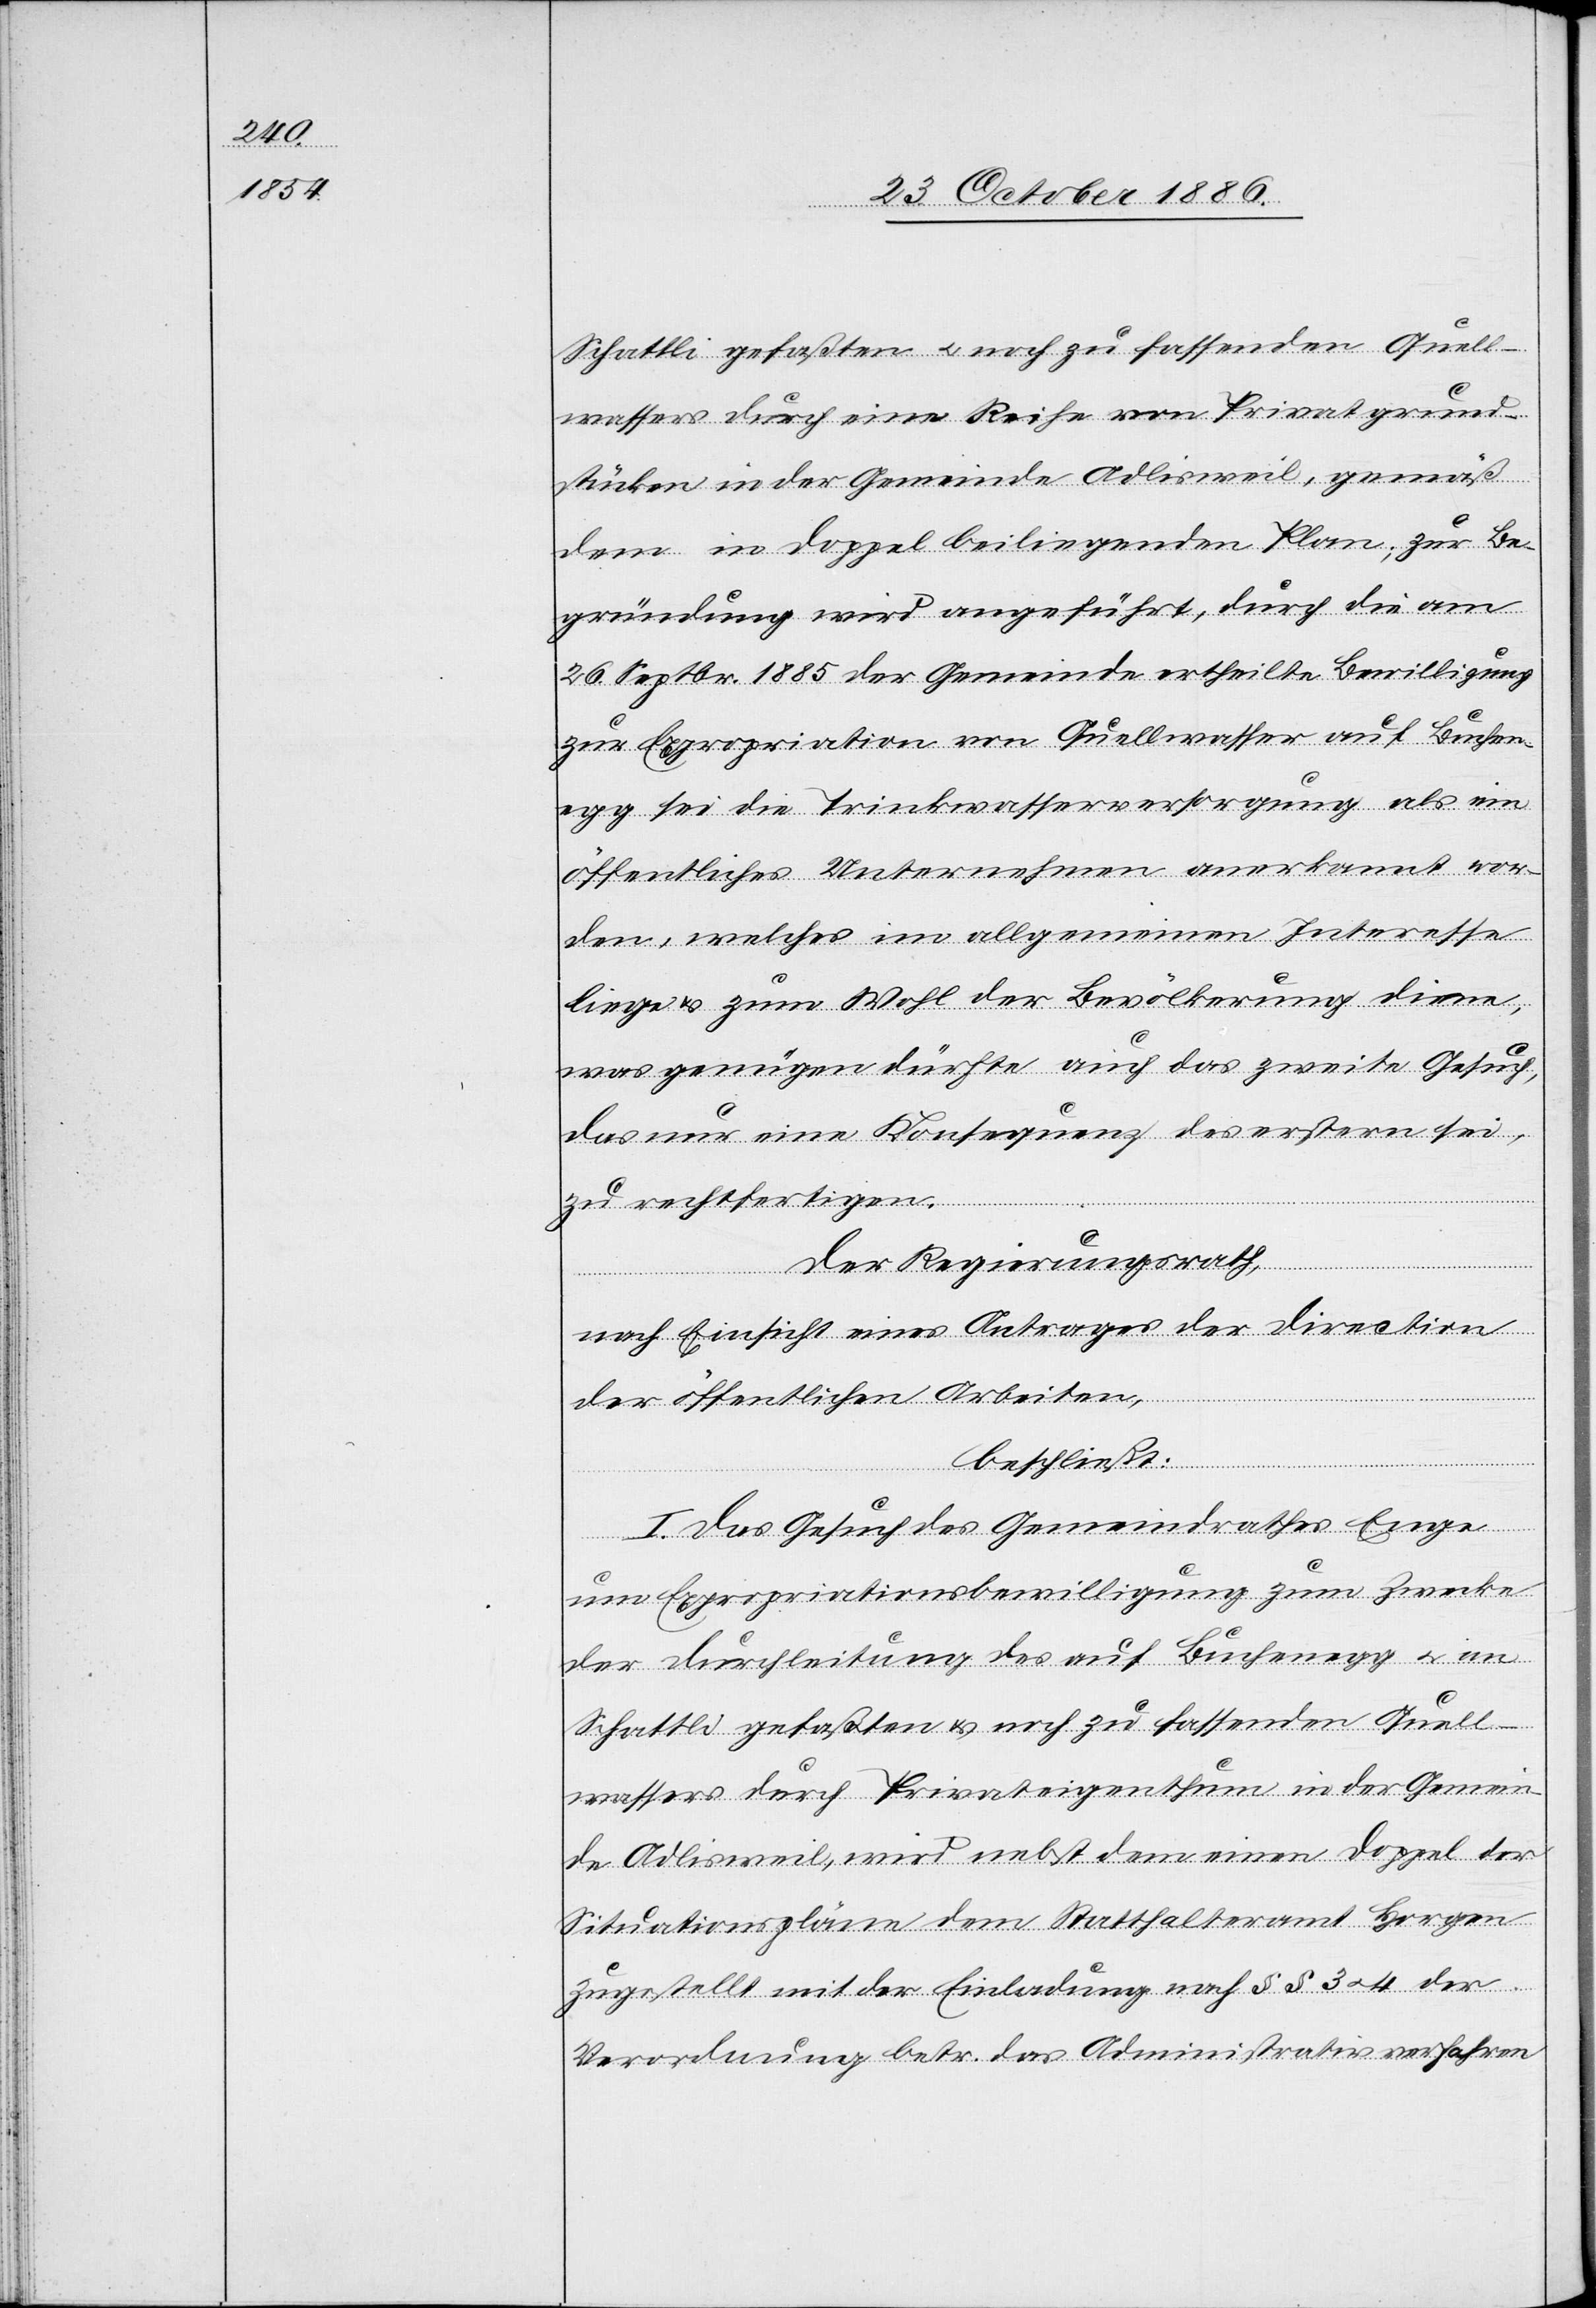
Schattli gefaßten & noch zu fassenden Quell¬
wassers durch eine Reihe von Privatgrund¬
stücken in der Gemeinde Adlisweil, gemäß
dem in Doppel beiliegenden Plan; zur Be¬
gründung wird angeführt, durch die am
26. Septbr. 1885 der Gemeinde ertheilte Bewilligung
zur Expropriation von Quellwasser auf Buchen¬
egg sei die Trinkwasserversorgung als ein
öffentliches Unternehmen anerkannt wor¬
den, welches im allgemeinen Interesse
liege & zum Wohl der Bevölkerung diene,
was genügen dürfte auch das zweite Gesuch,
das nur eine Konsequenz des erstern sei,
zu rechtfertigen.
Der Regierungsrath,
nach Einsicht eines Antrages der Direction
der öffentlichen Arbeiten,
beschließt:
I. Das Gesuch des Gemeindrathes Enge
um Expropriationsbewilligung zum Zwecke
der Durchleitung des auf Buchenegg & im
Schattli gefaßten & noch zu fassenden Quell¬
wassers durch Privateigenthum in der Gemein¬
de Adlisweil, wird nebst dem einen Doppel der
Situationspläne dem Statthalteramt Horgen
zugestellt mit der Einladung nach §§ 3 & 4 der
Verordnung betr. das Administrativverfahren